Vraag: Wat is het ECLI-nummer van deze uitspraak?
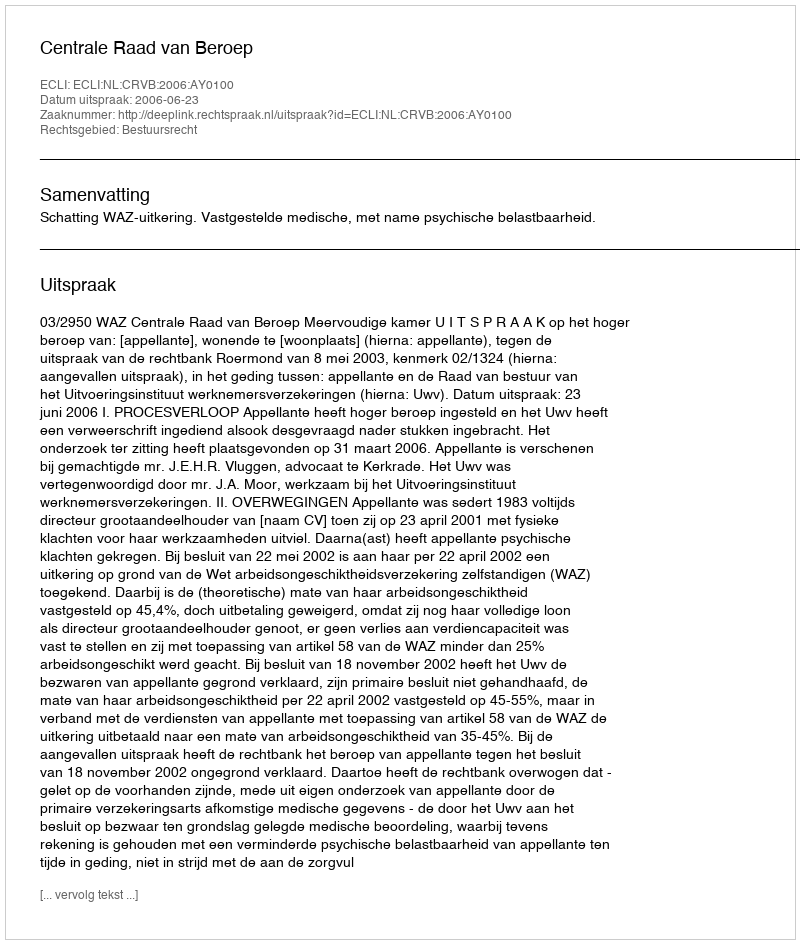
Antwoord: ECLI:NL:CRVB:2006:AY0100